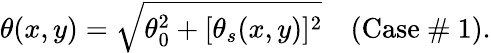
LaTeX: \theta(x,y)=\sqrt{\theta_{0}^{2}+[\theta_{s}(x,y)]^{2}}\quad\textrm{(Case~\# 1)}.